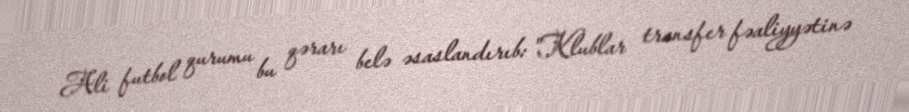
Ali futbol qurumu bu qərarı belə əsaslandırıb: "Klublar transfer fəaliyyətinə